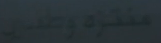
منذرة-وتدني